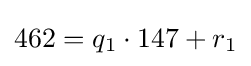
462=q_{1}\cdot 147+r_{1}